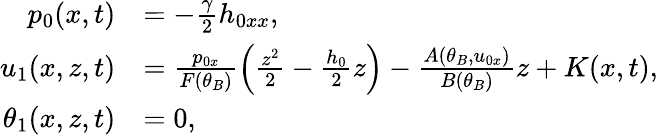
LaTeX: \begin{array}{rl}{p_{0}(x,t)}&{=-\frac{\gamma}{2}h_{0xx},}\\ {u_{1}(x,z,t)}&{=\frac{p_{0x}}{F(\theta_{B})}\left(\frac{z^{2}}{2}-\frac{h_{0}}{2}z\right)-\frac{A(\theta_{B},u_{0x})}{B(\theta_{B})}z+K(x,t),}\\ {\theta_{1}(x,z,t)}&{=0,}\end{array}